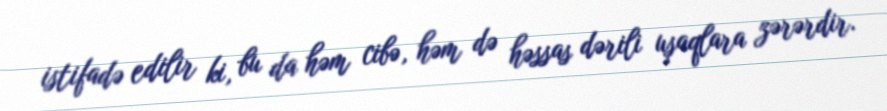
istifadə edilir ki, bu da həm cibə, həm də həssas dərili uşaqlara zərərdir.